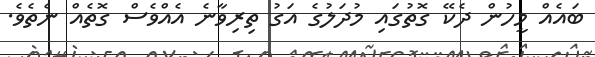
ބައެއް މީހުން ދެކޭ ގޮތުގައި މުދަލުގެ އަގު ތިރިވާނެ އެއްވެސް ގޮތެއް ނެތެވެ.